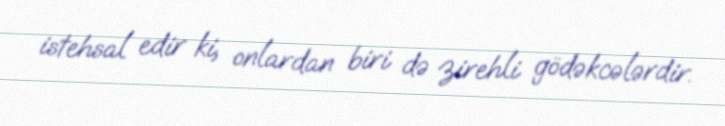
istehsal edir ki, onlardan biri də zirehli gödəkcələrdir.